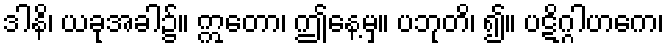
ဒါနိ၊ ယခုအခါ၌။ ဣတော၊ ဤနေ့မှ။ ပဘုတိ၊ ၍။ ပဋိဂ္ဂါဟကေ၊